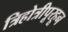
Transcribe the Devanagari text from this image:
त्रिहोत्रीपूरहून